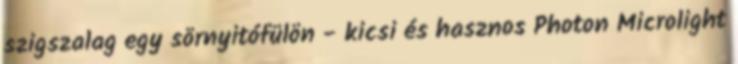
szigszalag egy sörnyitófülön - kicsi és hasznos Photon Microlight